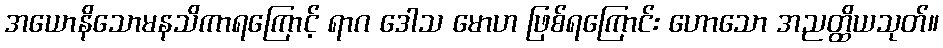
အယောနိသောမနသိကာရကြောင့် ရာဂ ဒေါသ မောဟ ဖြစ်ရကြောင်း ဟောသော အညတ္ထိယသုတ်။